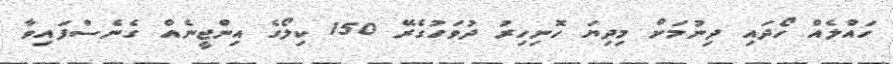
ހައްލެއް ހޯދައި ދިނުމަށް މިދިޔަ ހޮނިހިރު ދުވަހުގެރޭ 150 ކިލޯގެ އިންޖީނެއް ގެނެސްފައިވާ